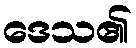
ဒေသ၏